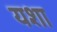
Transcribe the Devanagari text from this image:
यशा